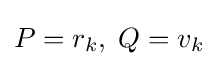
P=r_{k},\;Q=v_{k}